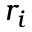
r _ { i }